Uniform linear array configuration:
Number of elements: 12
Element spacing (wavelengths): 0.25
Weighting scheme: hamming
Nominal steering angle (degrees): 30
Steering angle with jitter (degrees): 28.681
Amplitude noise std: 0.05
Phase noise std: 0.05

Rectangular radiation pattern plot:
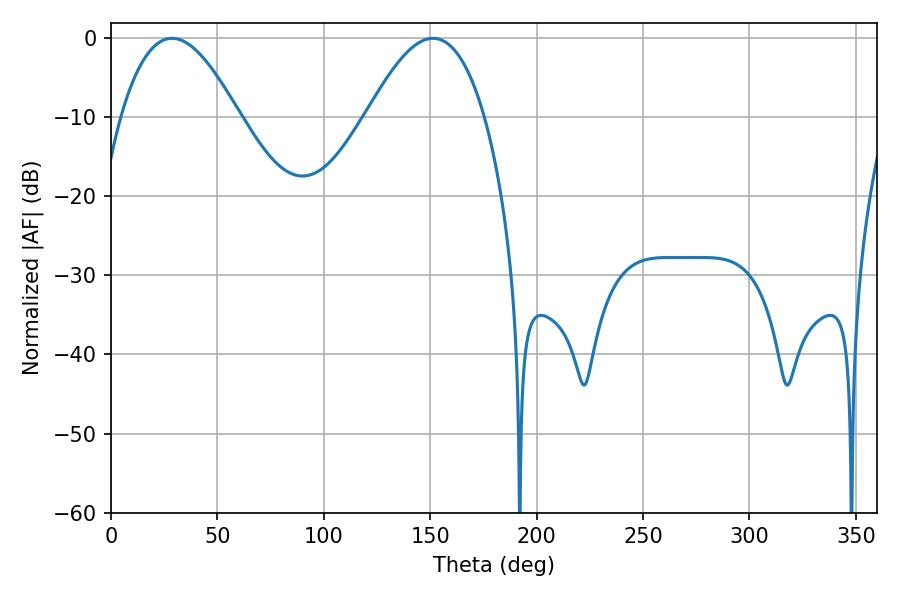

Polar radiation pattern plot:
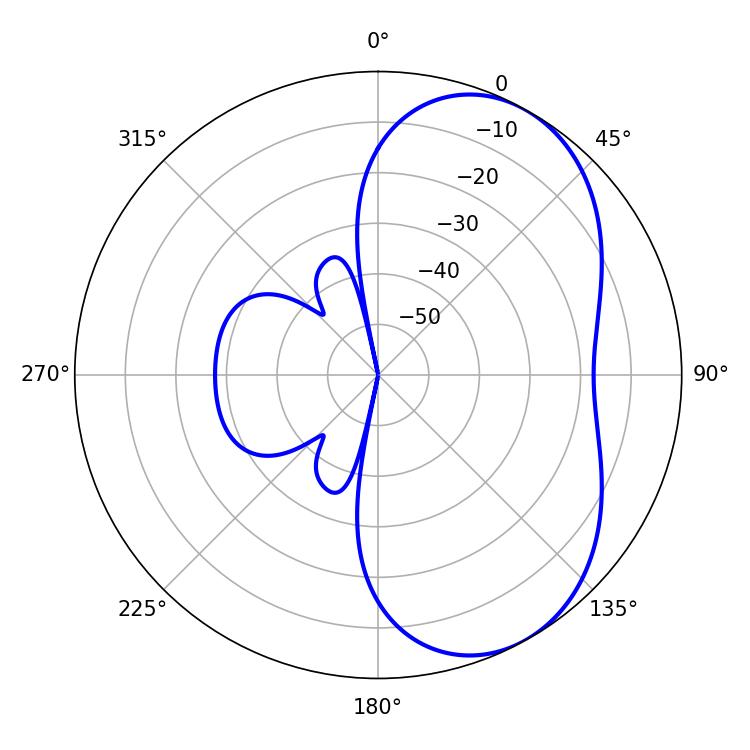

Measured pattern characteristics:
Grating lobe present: FALSE
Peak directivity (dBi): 5.296
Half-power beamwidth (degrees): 30.24
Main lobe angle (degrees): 28.62